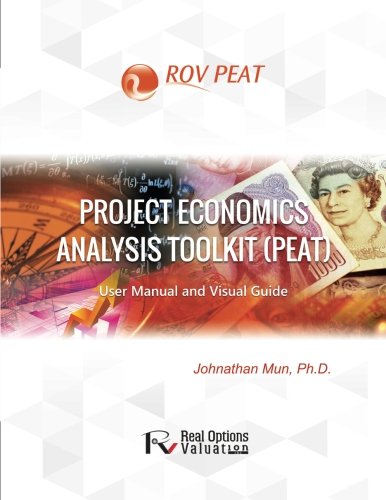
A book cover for Project Economics Analysis Tool (PEAT): User Manual and Visual Guide; Dr. Johnathan Mun; Business & Money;